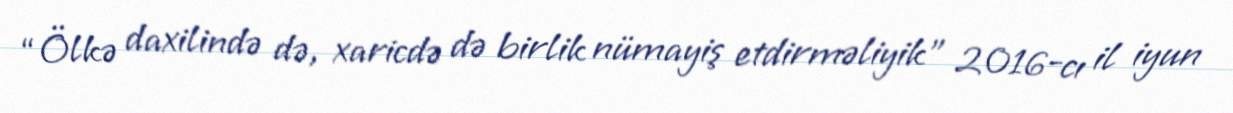
“Ölkə daxilində də, xaricdə də birlik nümayiş etdirməliyik” 2016-cı il iyun